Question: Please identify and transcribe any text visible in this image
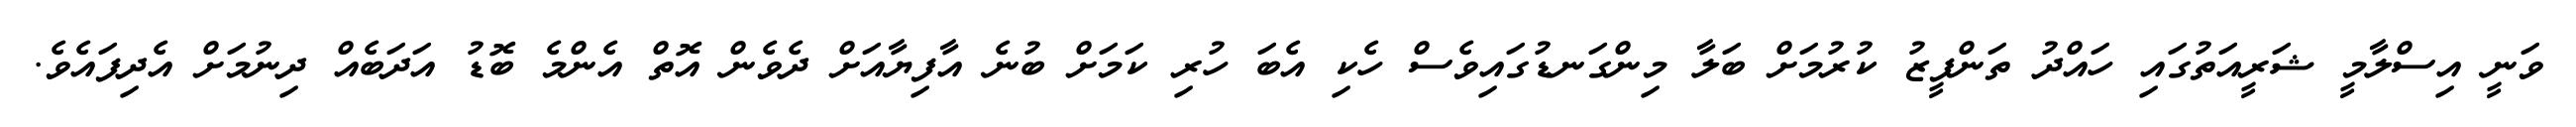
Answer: ވަނީ އިސްލާމީ ޝަރީއަތުގައި ހައްދު ތަންފީޒު ކުރުމަށް ބަލާ މިންގަނޑުގައިވެސް ހެކި އެބަ ހުރި ކަމަށް ބުނެ އާފިޔާއަށް ދެވެން އޮތް އެންމެ ބޮޑު އަދަބެއް ދިނުމަށް އެދިފައެވެ.